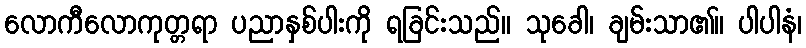
လောကီလောကုတ္တရာ ပညာနှစ်ပါးကို ရခြင်းသည်။ သုခေါ၊ ချမ်းသာ၏။ ပါပါနံ၊